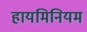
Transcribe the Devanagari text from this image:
हायमिनियम